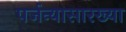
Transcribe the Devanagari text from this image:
पर्जन्यासारख्या